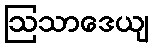
ဩသာဒေယျ